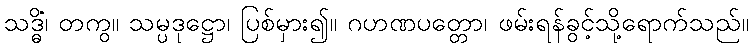
သဒ္ဓိံ၊ တကွ။ သမ္ပဒုဋ္ဌော၊ ပြစ်မှား၍။ ဂဟဏပတ္တော၊ ဖမ်းရန်ခွင့်သို့ရောက်သည်။